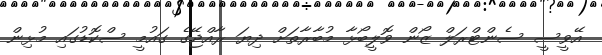
އޭވީސީ ސެންޓްރަލް ޒޯން ވޮލީބޯޅާ މުބާރާތަށް ދިޔަ ރާއްޖޭގެ ގައުމީ ސްކޮޑުގައި މުޅިން